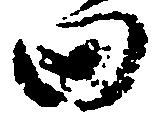
田